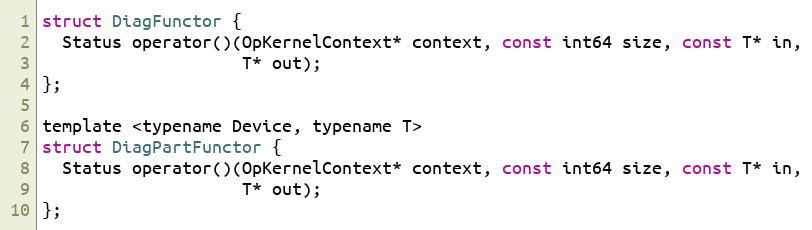
Language: C
struct DiagFunctor {
  Status operator()(OpKernelContext* context, const int64 size, const T* in,
                    T* out);
};

template <typename Device, typename T>
struct DiagPartFunctor {
  Status operator()(OpKernelContext* context, const int64 size, const T* in,
                    T* out);
};